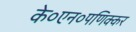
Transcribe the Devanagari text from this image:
के०एन०पणिक्कर